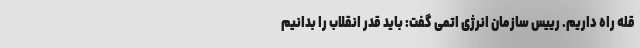
قله راه داریم. رییس سازمان انرژی اتمی گفت: باید قدر انقلاب را بدانیم